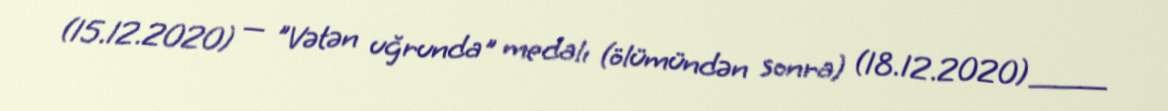
(15.12.2020) — "Vətən uğrunda" medalı (ölümündən sonra) (18.12.2020)___